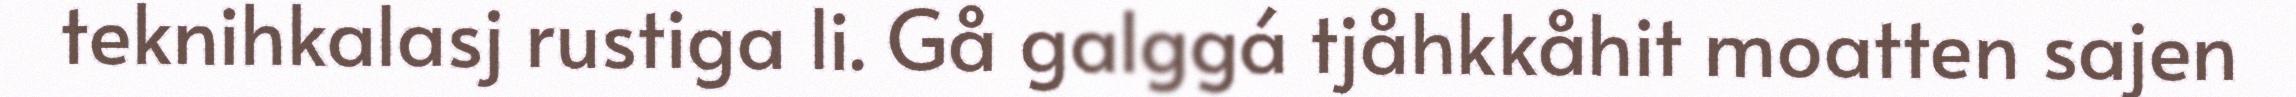
teknihkalasj rustiga li. Gå galggá tjåhkkåhit moatten sajen